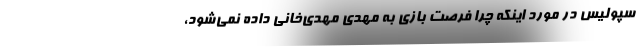
سپولیس در مورد اینکه چرا فرصت بازی به مهدی مهدی‌خانی داده نمی‌شود،